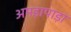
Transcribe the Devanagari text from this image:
अमड़ापाड़ा